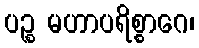
ပဉ္စ မဟာပရိစ္စာဂေ၊